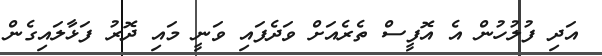
އަދި ފުލުހުން އެ އޮފީސް ތެރެއަށް ވަދެފައި ވަނީ މައި ދޮރު ފަޅާލައިގެން